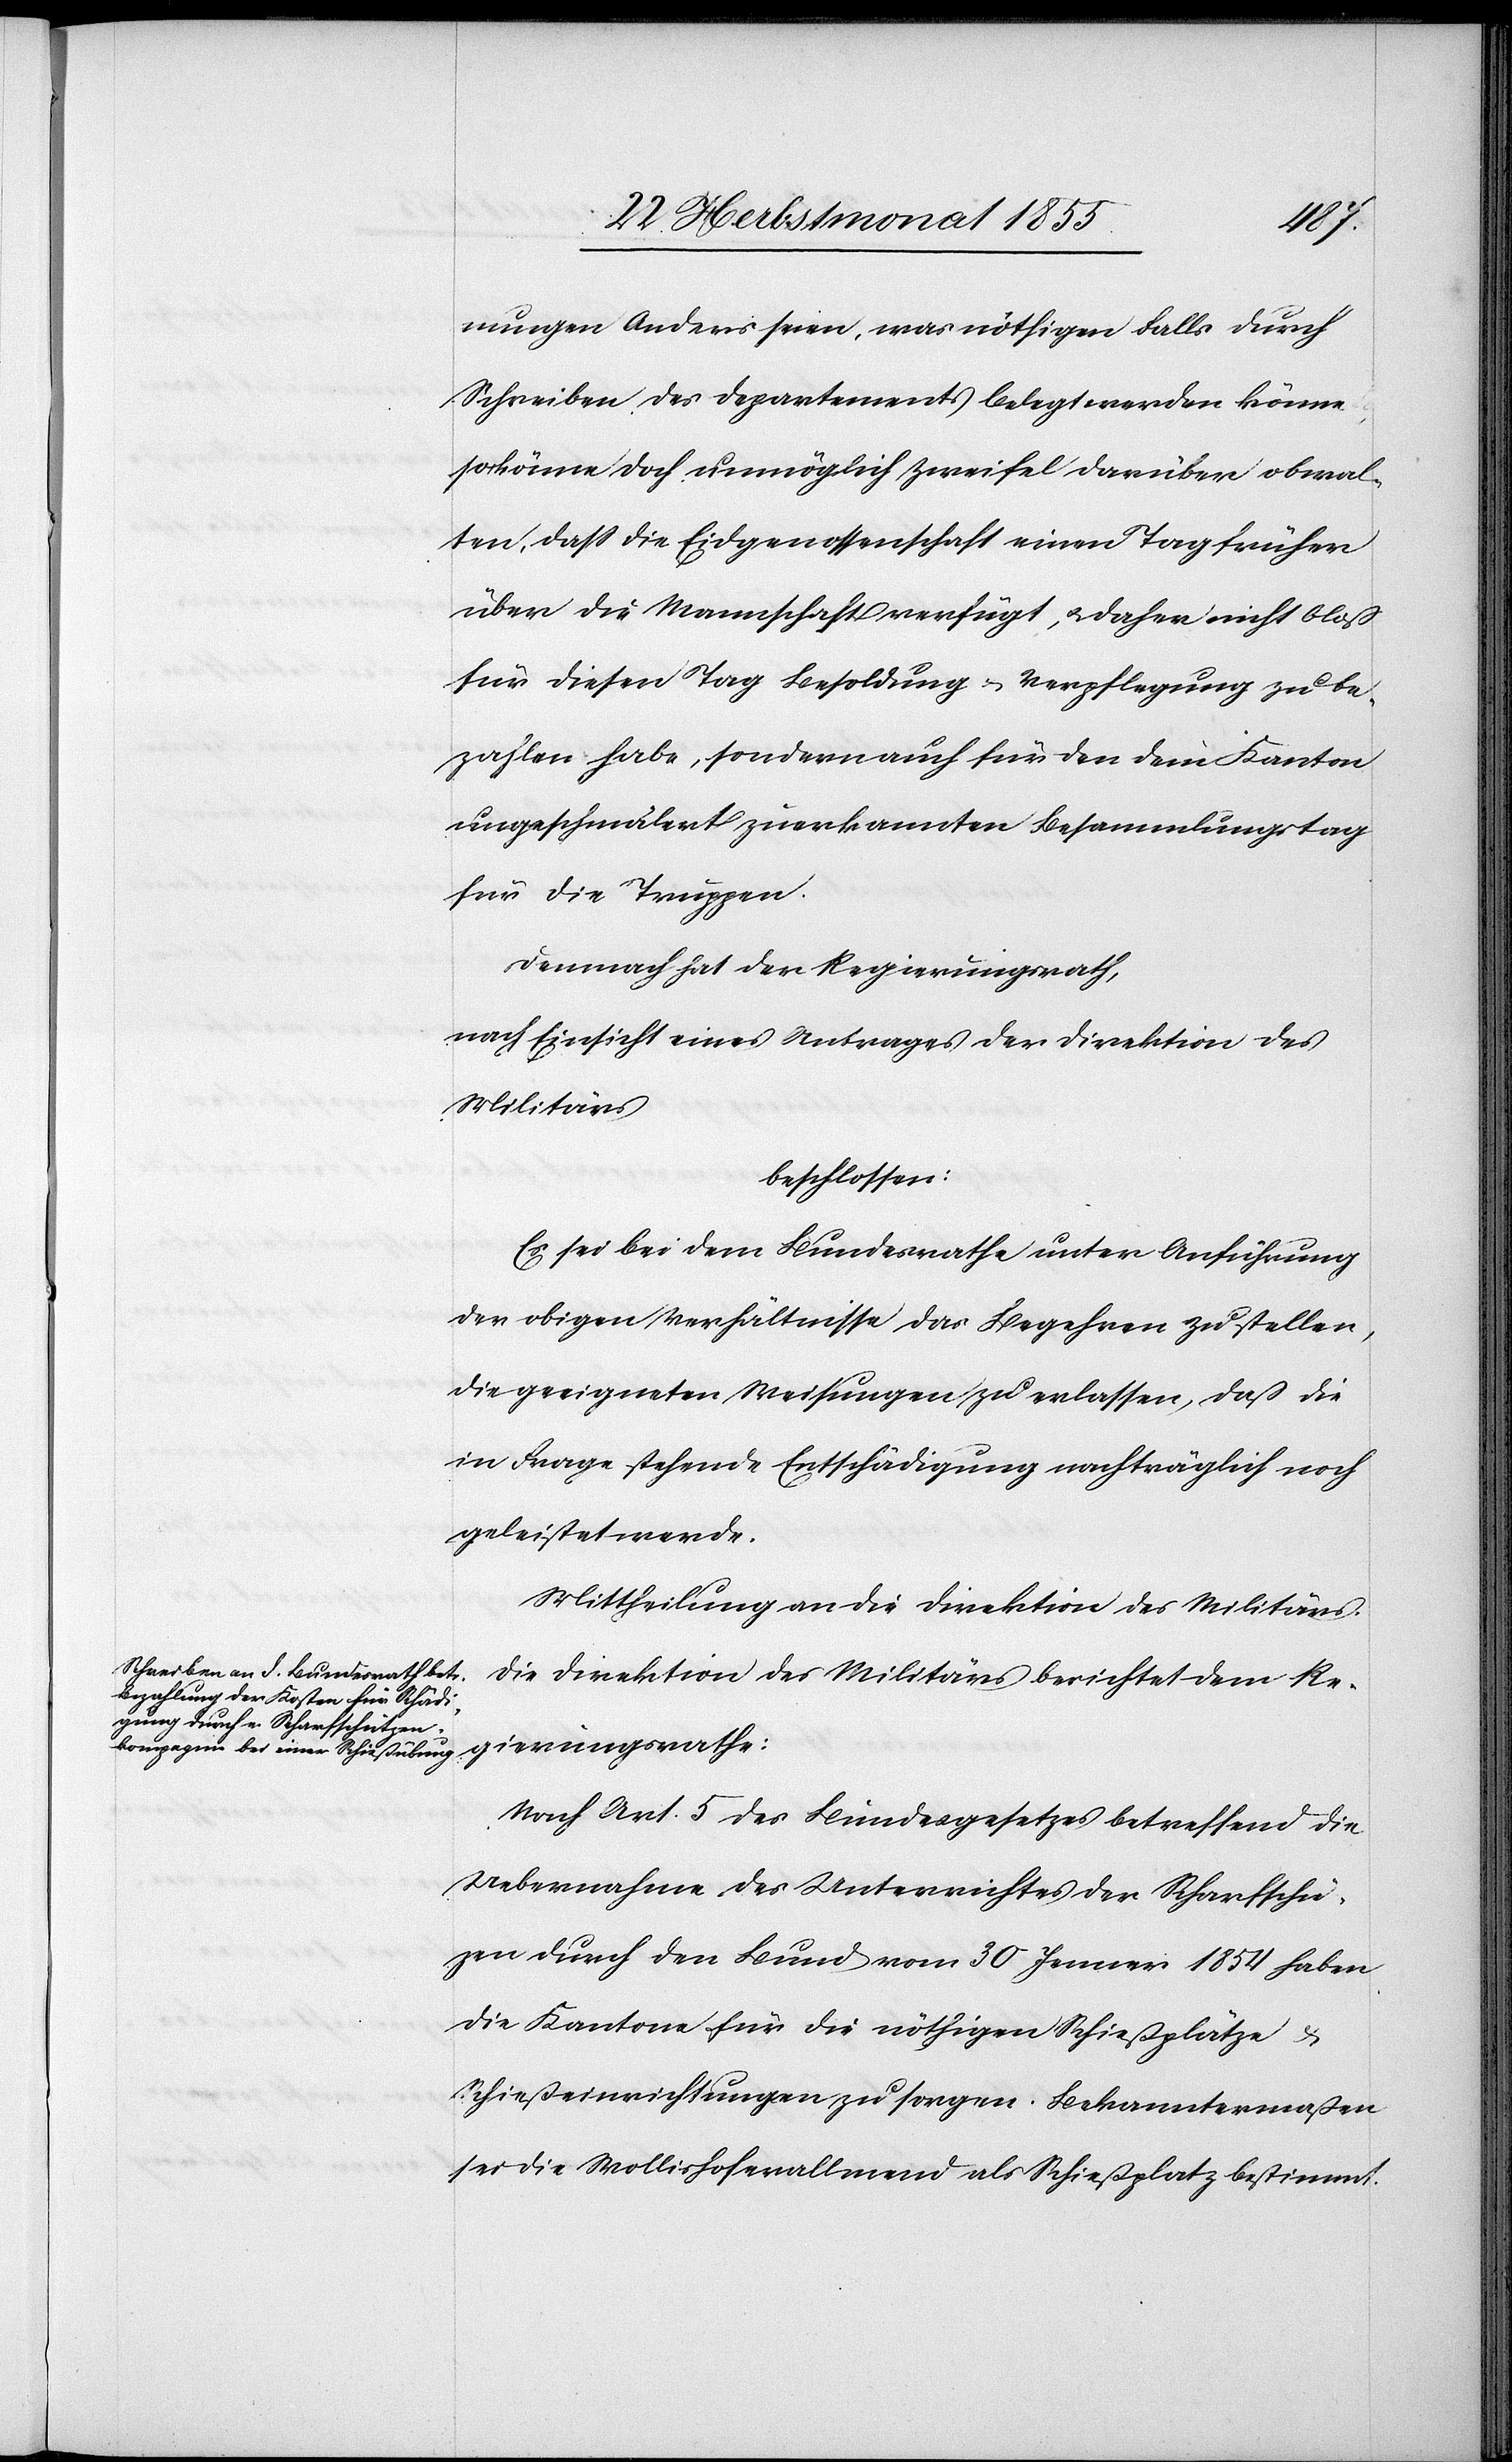
ü[t]z¬
nungen Anders seien, was nöthigen Falls durch
Schreiben des Departements belegt werden könne,
so könne doch unmöglich Zweifel darüber obwal¬
ten, dass die Eidgenossenschaft einen Tag früher
über die Mannschaft verfügt, & daher nicht bloß
für diesen Tag Besoldung & Verpflegung zu be¬
zahlen habe, sondern auch für den dem Kanton
ungeschmälert zuerkannten Besammlungstag
für die Truppen.
Demnach hat der Regierungsrath,
nach Einsicht eines Antrages der Direktion des
Militärs
beschlossen:
Es sei bei dem Bundesrathe unter Anführung
der obigen Verhältnisse das Begehren zu stellen,
die geeigneten Weisungen zu erlassen, daß die
in Frage stehende Entschädigung nachträglich noch
geleistet werde.
Mittheilung an die Direktion des Militärs.
Die Direktion des Militärs berichtet dem Re¬
gierungsrathe:
Nach Art. 5 des Bundesgesetzes betreffend die
Uebernahme des Unterrichtes der Scharfsch¬
en durch den Bund vom 30 Jenner 1854 haben
die Kantone für die nöthigen Schießplätze &
Schießeinrichtungen zu sorgen. Bekanntermaßen
sei die Wollishoferallmend als Schießplatz bestimmt.